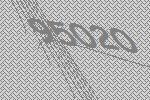
95020